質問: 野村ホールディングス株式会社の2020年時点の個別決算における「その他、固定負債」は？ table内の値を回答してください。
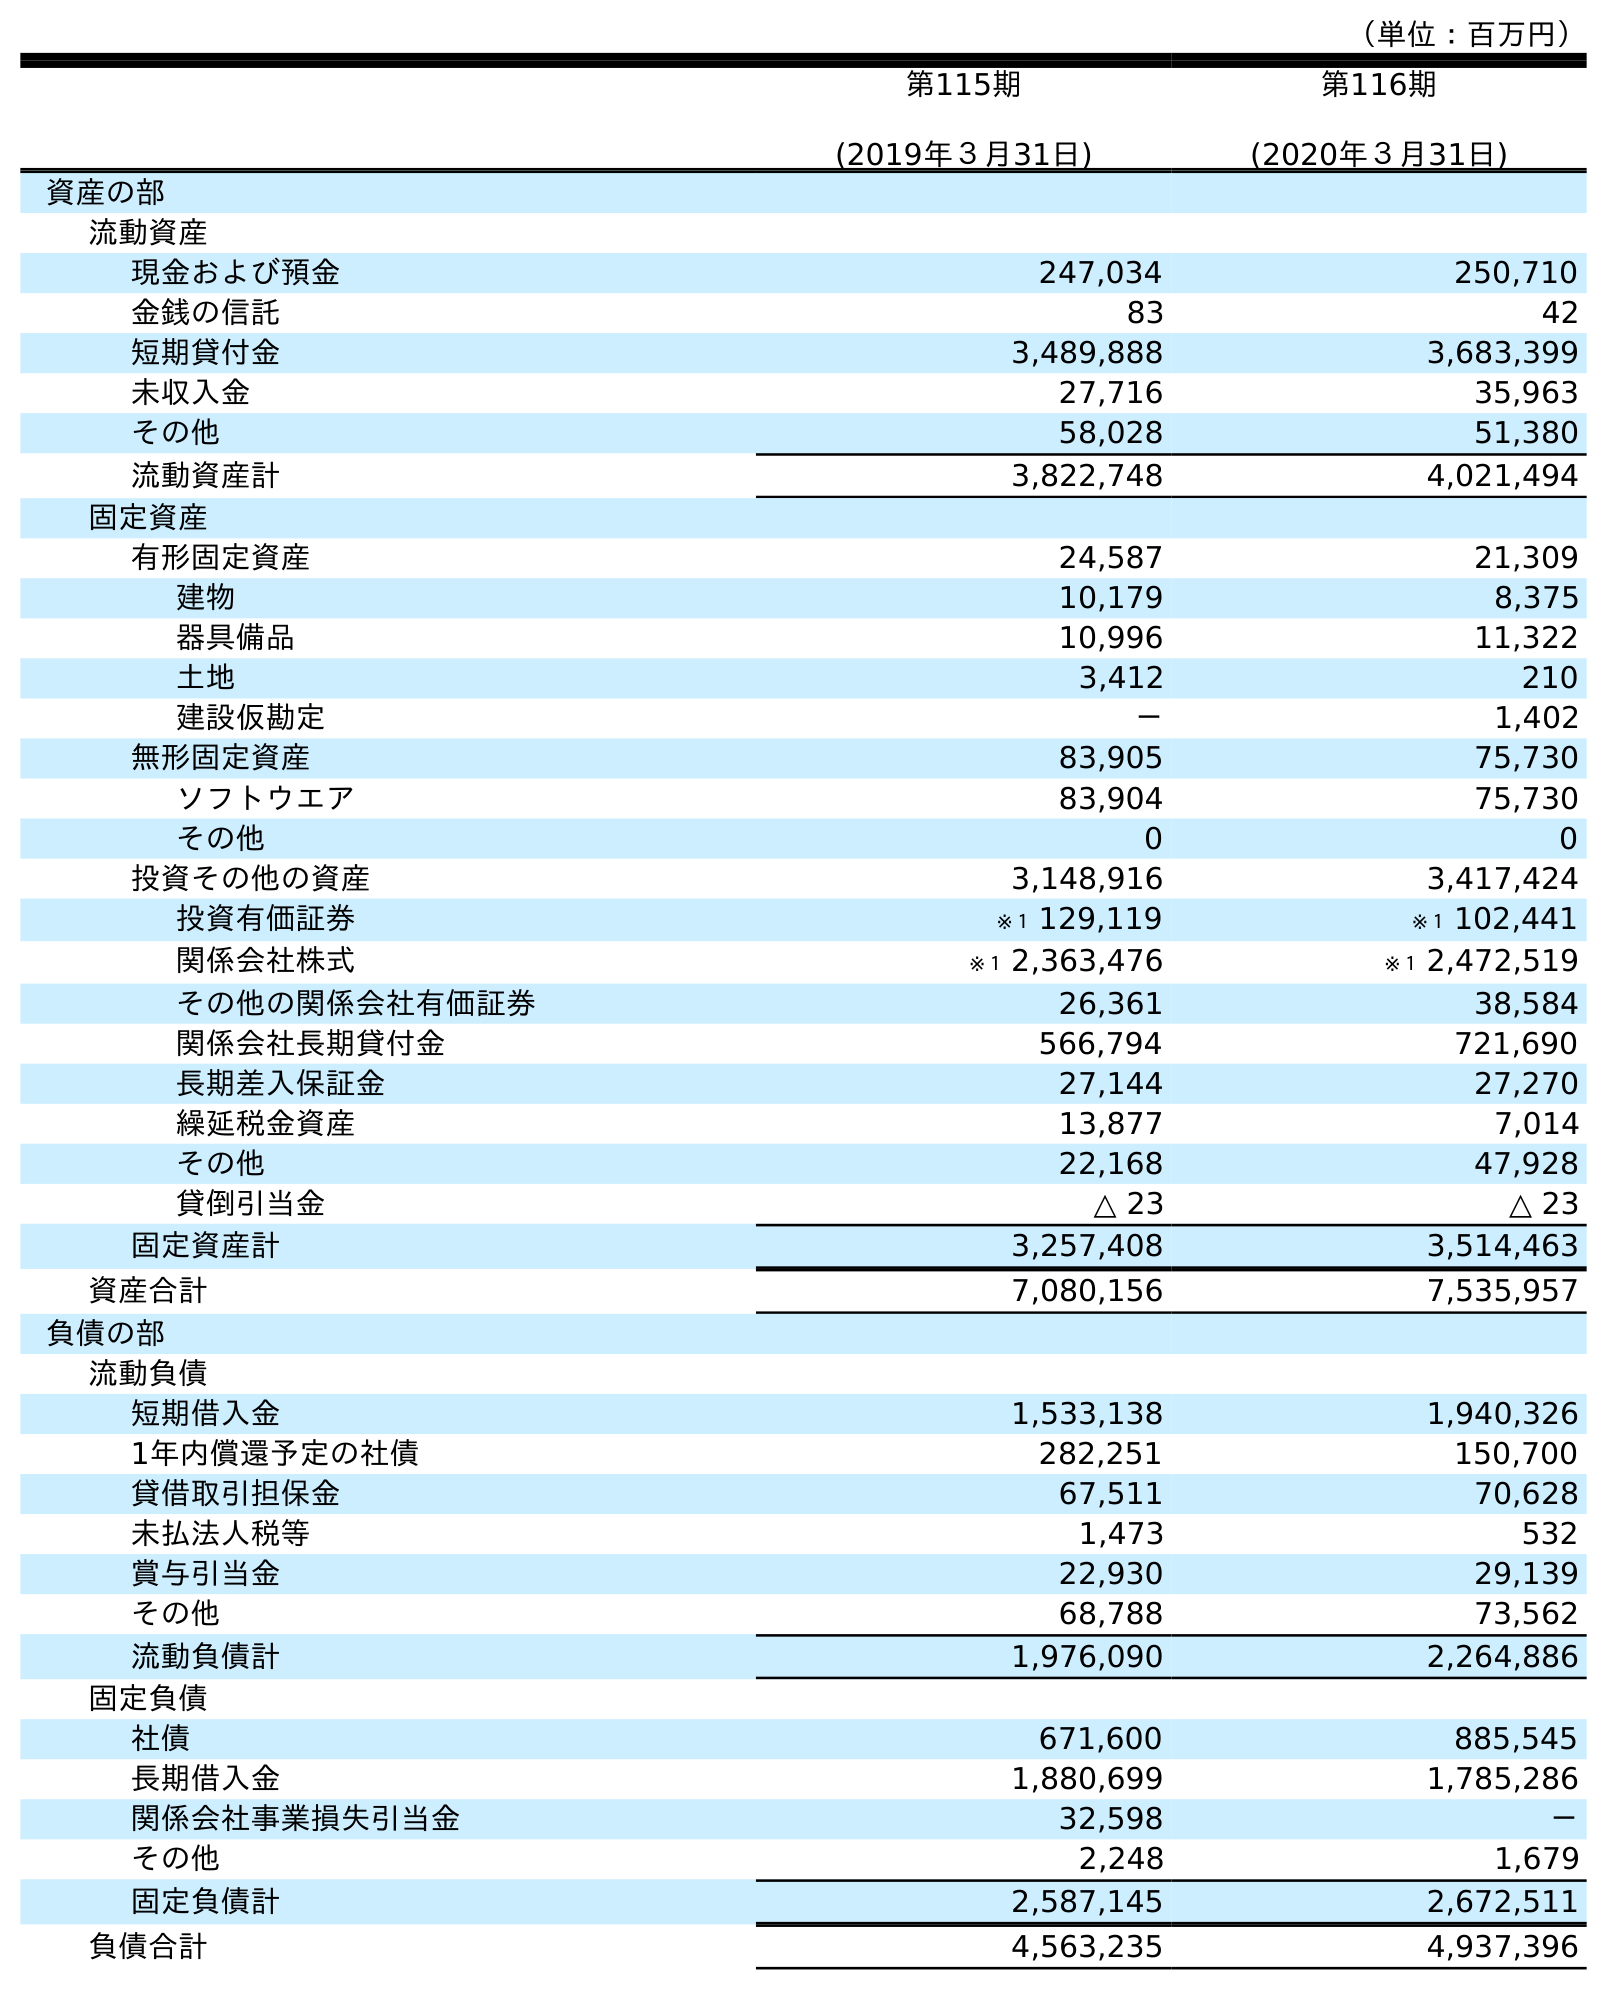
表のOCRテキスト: （単位：百万円） 第115期 (2019年３月31日) 第116期 (2020年３月31日) 資産の部 流動資産 現金および預金 247,034 250,710 金銭の信託 83 42 短期貸付金 3,489,888 3,683,399 未収入金 27,716 35,963 その他 58,028 51,380 流動資産計 3,822,748 4,021,494 固定資産 有形固定資産 24,587 21,309 建物 10,179 8,375 器具備品 10,996 11,322 土地 3,412 210 建設仮勘定 － 1,402 無形固定資産 83,905 75,730 ソフトウエア 83,904 75,730 その他 0 0 投資その他の資産 3,148,916 3,417,424 投資有価証券 ※１ 129,119 ※１ 102,441 関係会社株式 ※１ 2,363,476 ※１ 2,472,519 その他の関係会社有価証券 26,361 38,584 関係会社長期貸付金 566,794 721,690 長期差入保証金 27,144 27,270 繰延税金資産 13,877 7,014 その他 22,168 47,928 貸倒引当金 △ 23 △ 23 固定資産計 3,257,408 3,514,463 資産合計 7,080,156 7,535,957 負債の部 流動負債 短期借入金 1,533,138 1,940,326 1年内償還予定の社債 282,251 150,700 貸借取引担保金 67,511 70,628 未払法人税等 1,473 532 賞与引当金 22,930 29,139 その他 68,788 73,562 流動負債計 1,976,090 2,264,886 固定負債 社債 671,600 885,545 長期借入金 1,880,699 1,785,286 関係会社事業損失引当金 32,598 － その他 2,248 1,679 固定負債計 2,587,145 2,672,511 負債合計 4,563,235 4,937,396
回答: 1,679